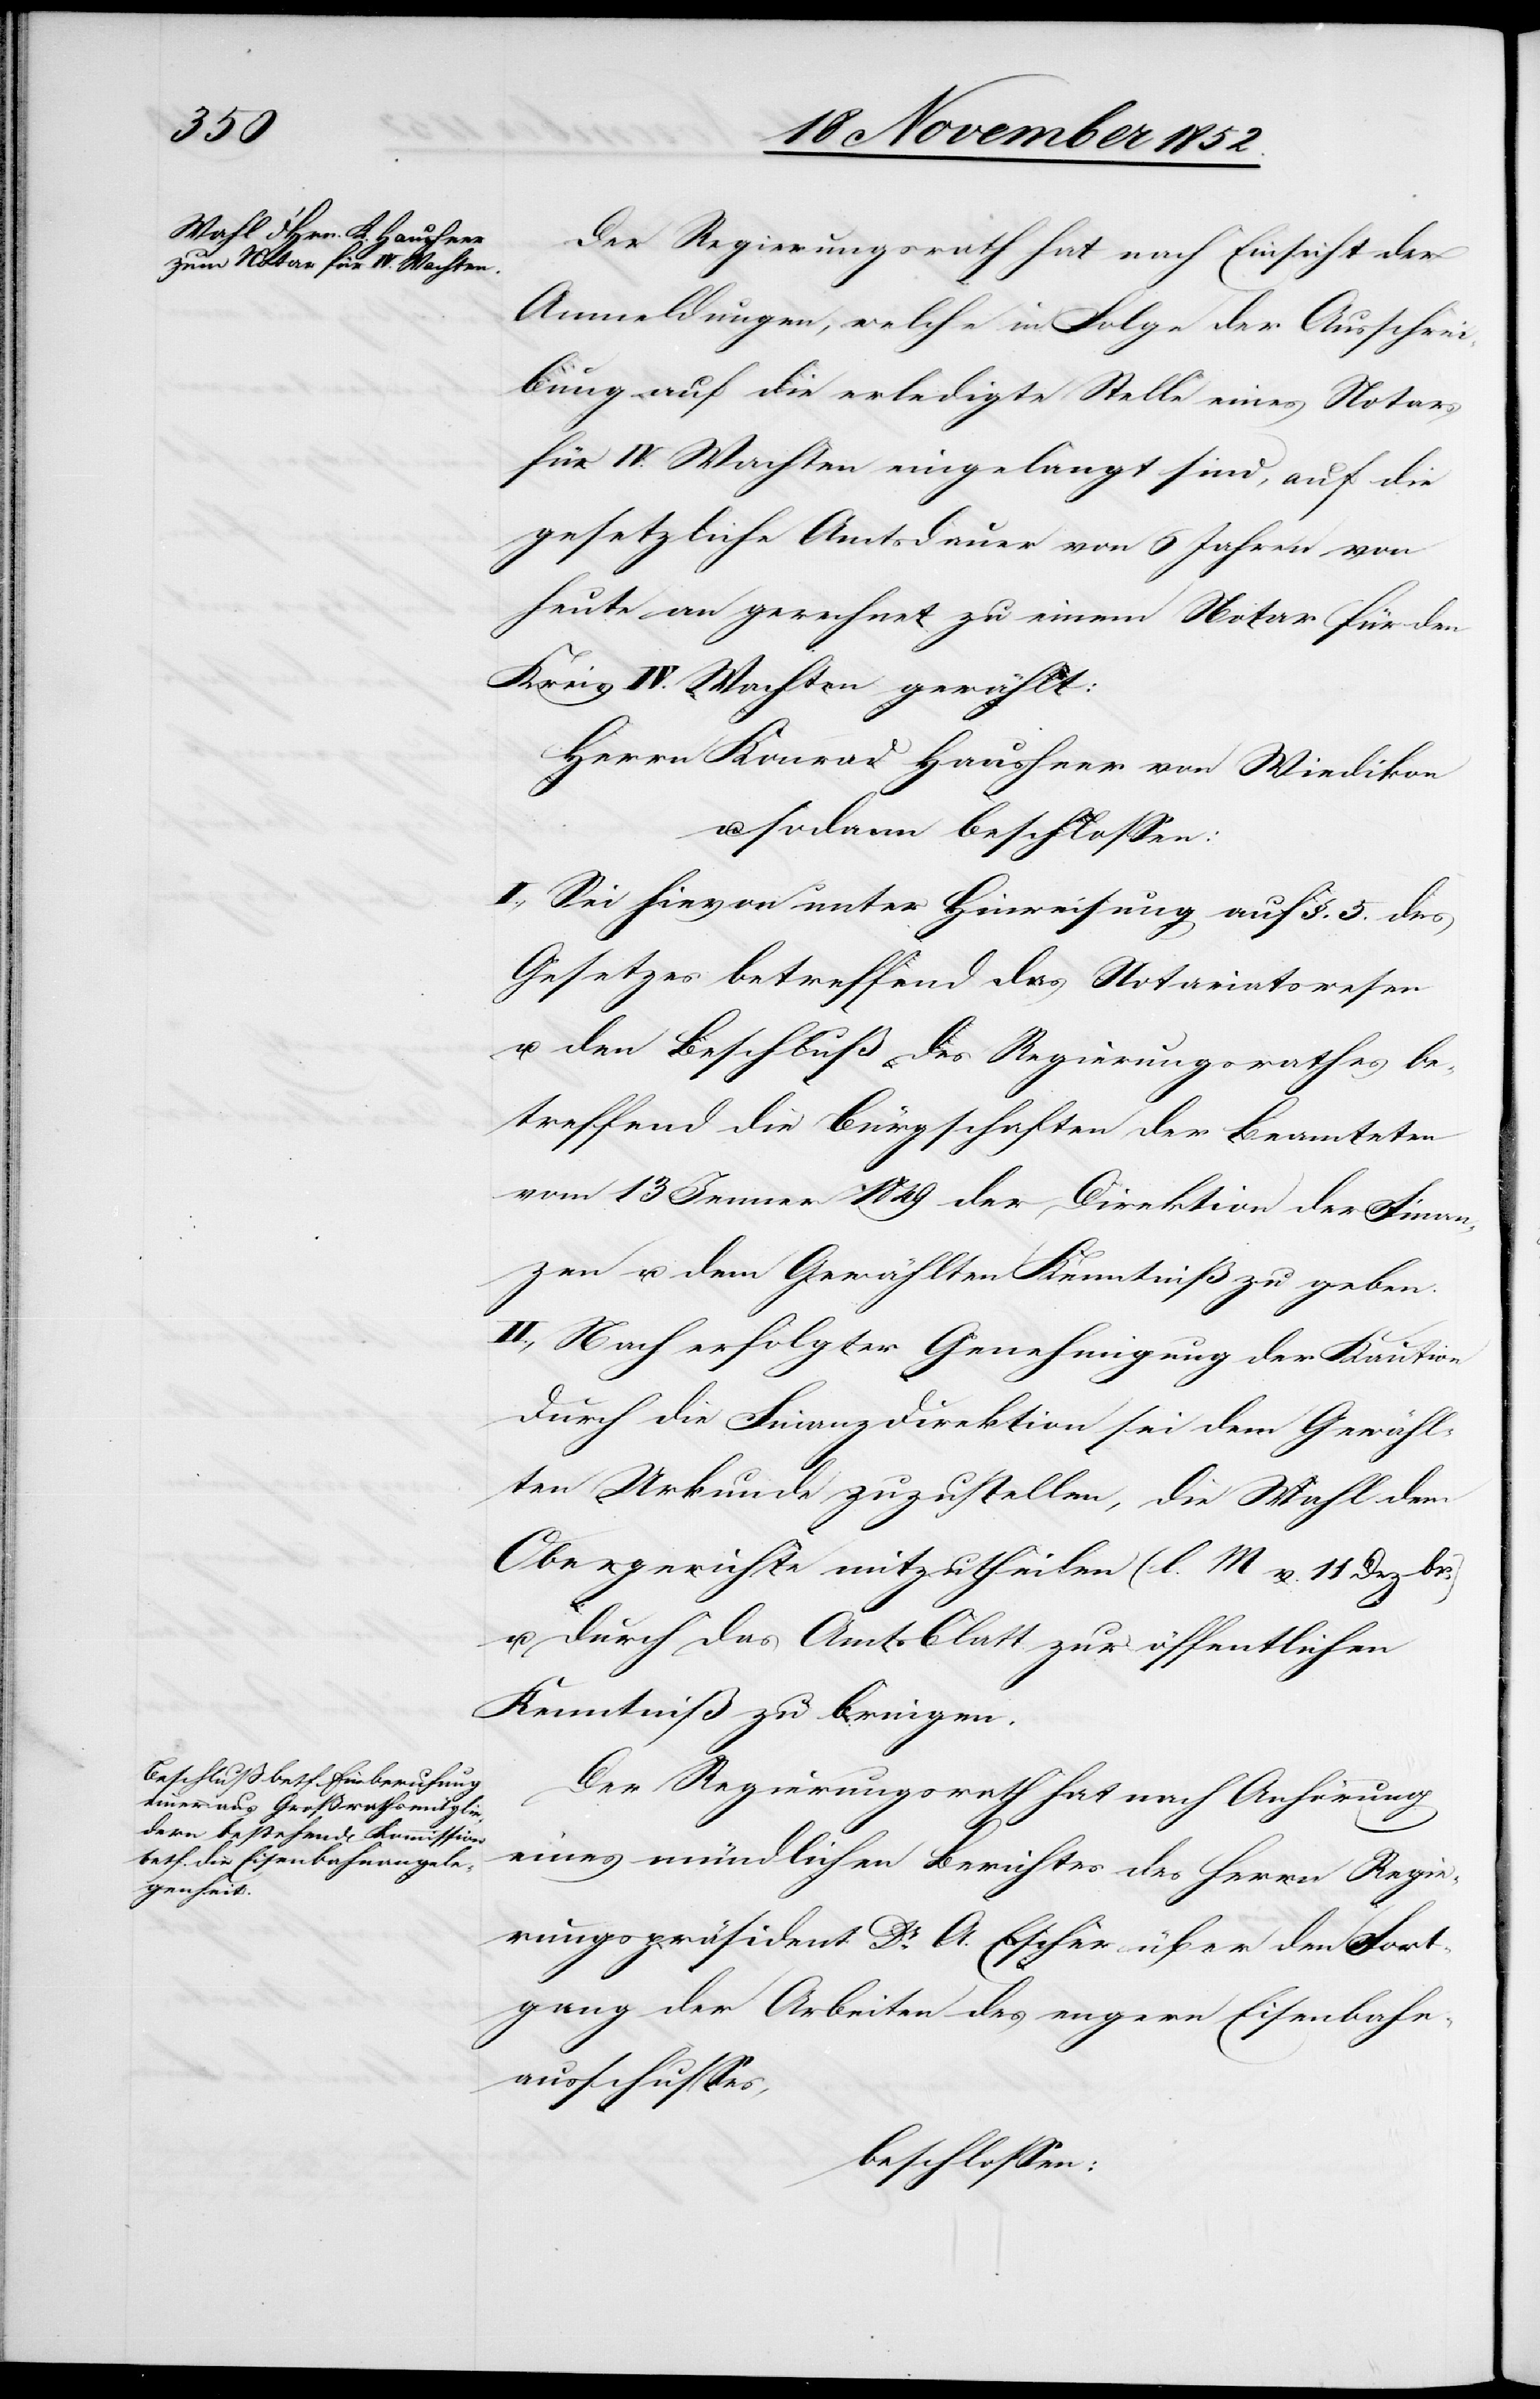
Der Regierungsrath hat nach Einsicht der
Anmeldungen, welche in Folge der Ausschrei¬
bung auf die erledigte Stelle eines Notars
für IV. Wachten eingelangt sind, auf die
gesetzliche Amtsdauer von 6 Jahren von
heute an gerechnet zu einem Notar für den
Kreis IV. Wachten gewählt:
Herrn Konrad Hausheer von Wiedikon
u. sodann beschlossen:
I., Sei hievon unter Hinweisung auf §. 5. des
Gesetzes betreffend das Notariatswesen
u. den Beschluß des Regierungsrathes be¬
treffend die Bürgschaften der Beamteten
vom 13 Jenner 1849 der Direktion der Finan¬
zen u. dem Gewählten Kenntniß zu geben.
II., Nach erfolgter Genehmigung der Kaution
durch die Finanzdirektion sei dem Gewähl¬
ten Urkunde zuzustellen, die Wahl dem
Obergerichte mitzutheilen (l. M v. 11 Dezbr.)
u. durch das Amtsblatt zur öffentlichen
Kenntniß zu bringen.
Der Regierungsrath hat nach Anhörung
eines mündlichen Berichtes des Herrn Regie¬
rungspräsident Dr. A. Escher über den Fort¬
gang der Arbeiten des engern Eisenbahn¬
ausschusses,
beschlossen: